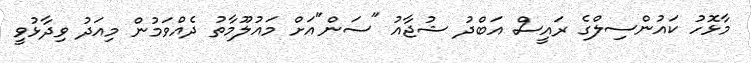
މާޅޮހު ކައުންސިލްގެ ރައީސް އަބްދު ޝުޖާއު "ސަން"އަށް މައުލޫމާތު ދެއްވަމުން މިއަދު ވިދާޅުވީ